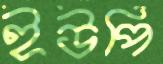
ইউপি